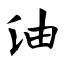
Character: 油